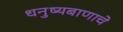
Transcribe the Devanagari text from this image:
धनुष्यबाणाचे